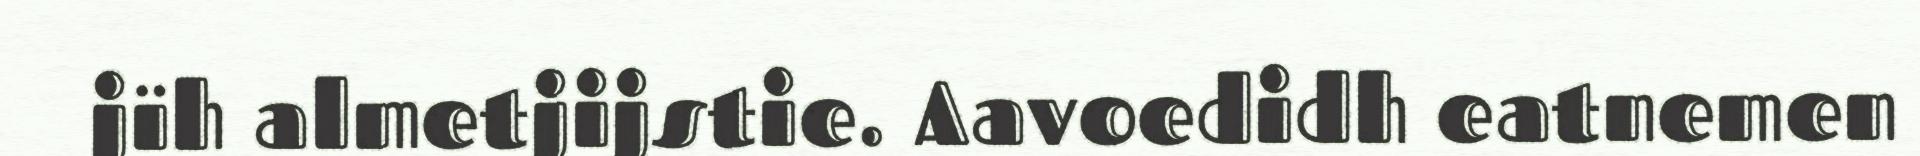
jïh almetjijstie. Aavoedidh eatnemen